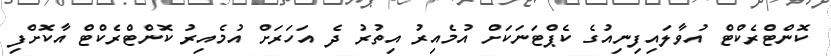
ކޮންޓްރެކްޓް އުވާލައިފިނިއުގެ ކެޕްޓަނަކަށް އުމެއިރު އިތުރު ދެ އަހަރަށް އުމެއިރު ކޮންޓްރެކްޓް އާކޮށްފި